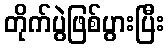
တိုက်ပွဲဖြစ်ပွားပြီး